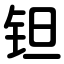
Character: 钽